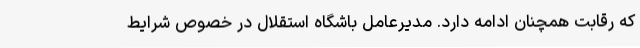
که رقابت همچنان ادامه دارد. مدیرعامل باشگاه استقلال در خصوص شرایط